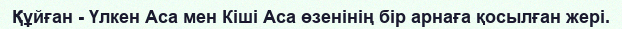
Құйған - Үлкен Аса мен Кіші Аса өзенінің бір арнаға қосылған жері.